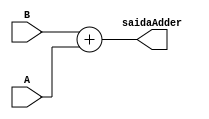
module PCAdder_id(
  input [31:0] A,B,
  output reg [31:0] saidaAdder
);

  always @(*)begin

    saidaAdder <=  B + A;

  end
endmodule